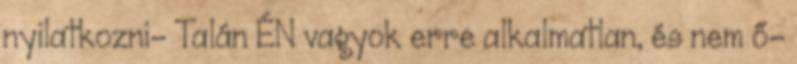
nyilatkozni- Talán ÉN vagyok erre alkalmatlan, és nem ő-